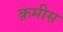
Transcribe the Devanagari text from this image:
क़मीस